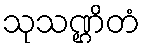
သုသဏ္ဌိတံ